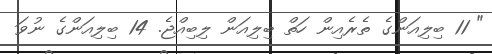
" 11 ބިލިއަންގެ ތެރެއިން ހަތް ބިލިއަން ލިބިއްޖެ. 14 ބިލިއަންގެ ނުވަ